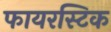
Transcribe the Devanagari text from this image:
फायरस्टिक